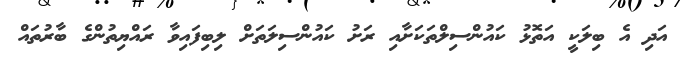
އަދި އެ ބިލަކީ އަތޮޅު ކައުންސިލްތަކަށާއި ރަށު ކައުންސިލަތަށް ލިބިފައިވާ ރައްޔިތުންގެ ބާރުތައް